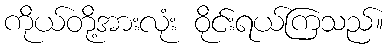
ကိုယ်တို့အားလုံး ဝိုင်းရယ်ကြသည်။